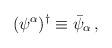
LaTeX: \begin{align*}(\psi^\alpha)^\dagger\equiv\bar\psi_\alpha\,,\end{align*}